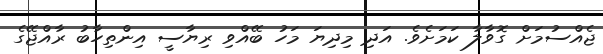
ޖެއްސުމަށް ގޮވާލާ ކަމަށެވެ. އަދި މިދިޔަ މަހު ބޭއްވި ރިޔާސީ އިންތިހާބު ރާއްޖޭގެ